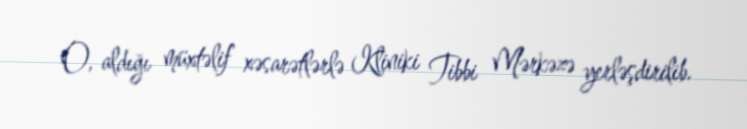
O, aldığı müxtəlif xəsarətlərlə Kliniki Tibbi Mərkəzə yerləşdirilib.